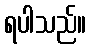
ရပါသည်။